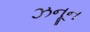
ઝનૂન